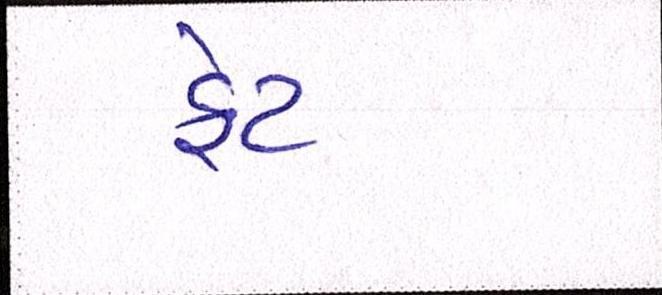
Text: ફેટ